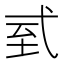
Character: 𢎆